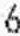
6